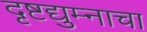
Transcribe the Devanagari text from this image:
दृष्टद्युम्नाचा